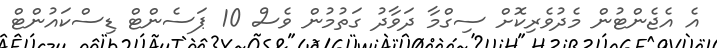
އެ އެޖެންޓުން މެދުވެރިކޮށް ސިގްމާ ދަވާދު ގަތުމުން ވެސް 10 ޕަސެންޓް ޑިސްކައުންޓް